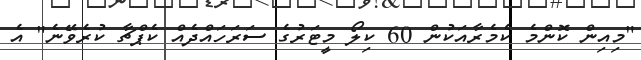
"މިއިން ކޮންމެ ކެމެރާއަކުން 60 ކިލޯ މީޓަރުގެ ސަރަހައްދެއް ކެޕްޗާ ކުރެވޭނެ" އެ